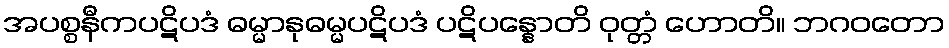
အပစ္စနီကပဋိပဒံ ဓမ္မာနုဓမ္မပဋိပဒံ ပဋိပန္နောတိ ဝုတ္တံ ဟောတိ။ ဘဂဝတော